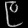
Digit: ၉